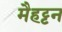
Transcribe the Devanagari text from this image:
मैहट्टन